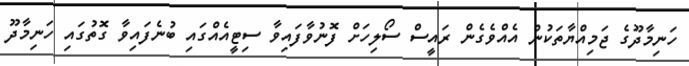
ހަނިމާދޫގެ ޖަމިއްޔާތަކުން އެއްވެގެން ރައީސް ސޯލިހަށް ފޮނުވާފައިވާ ސިޓީއެއްގައި ބުނެފައިވާ ގޮތުގައި ހަނިމާދޫ